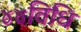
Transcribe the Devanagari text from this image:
४४विधि